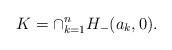
\begin{align*}K=\cap_{k=1}^n H_-(a_k,0).\end{align*}